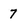
Character: 7